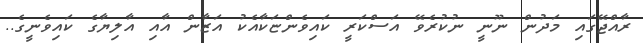
ރާއްޖޭގައި މަދުން ނޫނީ ނުކުރެވޭ އަސްކަރީ ކައިވެންޏަކާއެކު އަޒާން އާއި އާލިޔާގެ ކައިވެނީގެ..